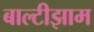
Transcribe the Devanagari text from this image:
बाल्टीझाम